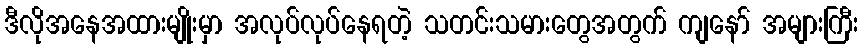
ဒီလိုအနေအထားမျိုးမှာ အလုပ်လုပ်နေရတဲ့ သတင်းသမားတွေအတွက် ကျနော် အများကြီး